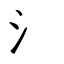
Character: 氵